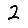
Digit: 2